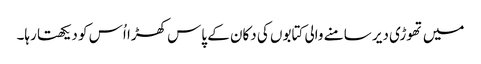
میں تھوڑی دیر سامنے والی کتابوں کی دکان کے پاس کھڑا اُس کو دیکھتا رہا۔